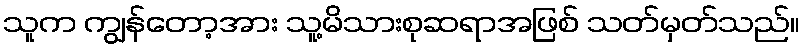
သူက ကျွန်တော့အား သူ့မိသားစုဆရာအဖြစ် သတ်မှတ်သည်။